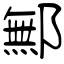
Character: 鄦